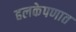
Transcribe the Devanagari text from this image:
हलकेपणात